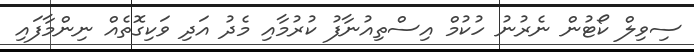
ސިވިލް ކޯޓުން ނެރުނު ހުކުމް އިސްތިއުނާފު ކުރުމާއި މެދު އަދި ވަކިގޮތެއް ނިންމާފައި